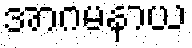
အာဂမနာယ